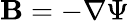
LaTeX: \mathbf{B}=-\nabla\Psi